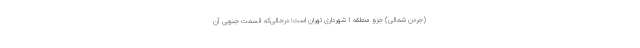
(جردن شمالی) جزو منطقه 1 شهرداری تهران است؛ درحالی‌که قسمت جنوبی آن